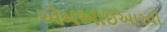
એમઆઇઆરવી